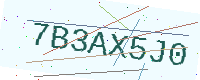
Text: 7B3AX5J0